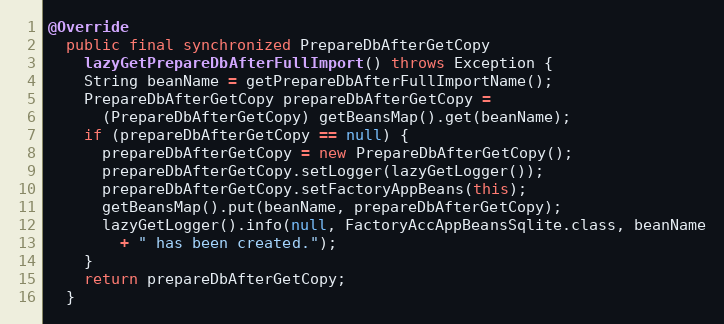
Language: Java
@Override
  public final synchronized PrepareDbAfterGetCopy
    lazyGetPrepareDbAfterFullImport() throws Exception {
    String beanName = getPrepareDbAfterFullImportName();
    PrepareDbAfterGetCopy prepareDbAfterGetCopy =
      (PrepareDbAfterGetCopy) getBeansMap().get(beanName);
    if (prepareDbAfterGetCopy == null) {
      prepareDbAfterGetCopy = new PrepareDbAfterGetCopy();
      prepareDbAfterGetCopy.setLogger(lazyGetLogger());
      prepareDbAfterGetCopy.setFactoryAppBeans(this);
      getBeansMap().put(beanName, prepareDbAfterGetCopy);
      lazyGetLogger().info(null, FactoryAccAppBeansSqlite.class, beanName
        + " has been created.");
    }
    return prepareDbAfterGetCopy;
  }